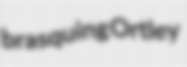
brasquing Ortley